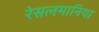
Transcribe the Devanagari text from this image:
रेसलमानिया